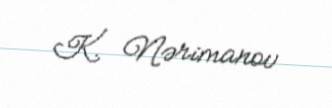
K. Nərimanov